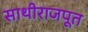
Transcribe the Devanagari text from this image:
साथीराजपूत